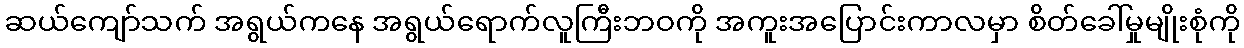
ဆယ်ကျော်သက် အရွယ်ကနေ အရွယ်ရောက်လူကြီးဘဝကို အကူးအပြောင်းကာလမှာ စိတ်ခေါ်မှုမျိုးစုံကို